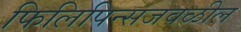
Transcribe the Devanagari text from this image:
फिलिपिन्सजवळील